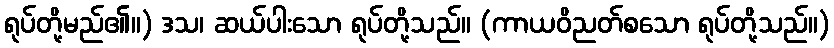
ရုပ်တို့မည်၏။) ဒသ၊ ဆယ်ပါးသော ရုပ်တို့သည်။ (ကာယဝိညတ်စသော ရုပ်တို့သည်။)